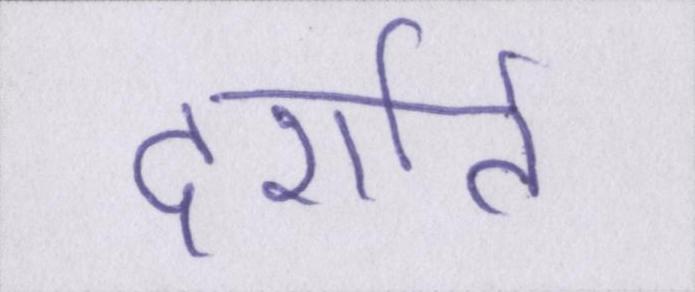
दर्शाते